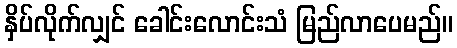
နှိပ်လိုက်လျှင် ခေါင်းလောင်းသံ မြည်လာပေမည်။